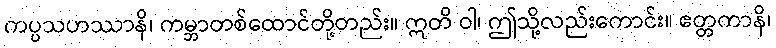
ကပ္ပသဟဿာနိ၊ ကမ္ဘာတစ်ထောင်တို့တည်း။ ဣတိ ဝါ၊ ဤသို့လည်းကောင်း။ ဧတ္တကာနိ၊